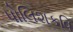
પોલિશકવિ